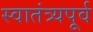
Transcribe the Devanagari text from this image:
स्वातंत्र्यपूूर्व